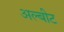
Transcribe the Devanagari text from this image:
अल्बीट